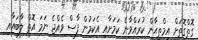
ގޮތްގޮތަށް އިމްތިޙާން ކުރައްވާނެ ކަމަށާއި އެކަމުން ފާސް ވެއްޖެ ނަމަ އޮތް ލާބައާއި